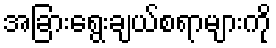
အခြားရွေးချယ်စရာများကို